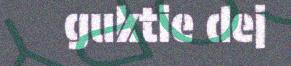
guktie dej